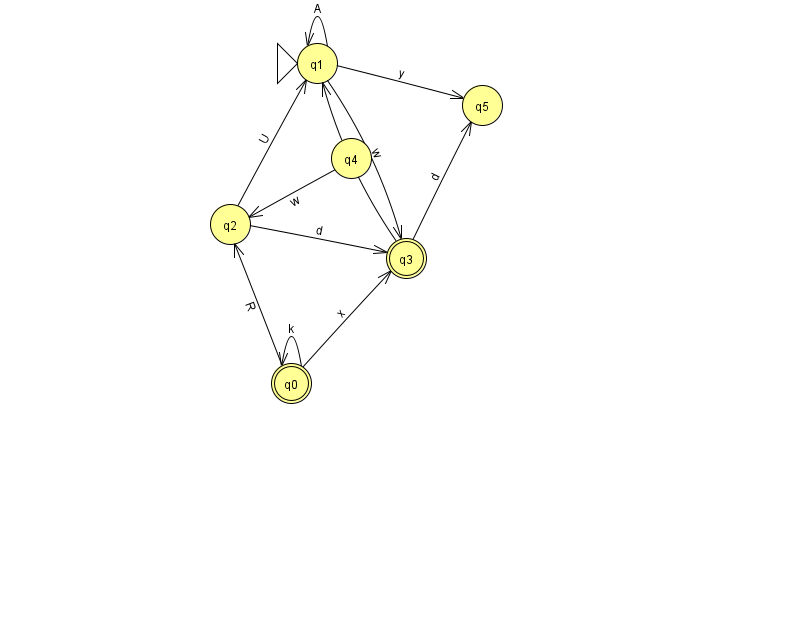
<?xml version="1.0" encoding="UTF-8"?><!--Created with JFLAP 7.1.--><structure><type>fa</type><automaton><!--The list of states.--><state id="0" name="q0"><x>291.0</x><y>370.0</y><final/></state><state id="1" name="q1"><x>317.0</x><y>50.0</y><initial/></state><state id="2" name="q2"><x>230.0</x><y>211.0</y></state><state id="3" name="q3"><x>406.0</x><y>245.0</y><final/></state><state id="4" name="q4"><x>351.0</x><y>145.0</y></state><state id="5" name="q5"><x>482.0</x><y>92.0</y></state><!--The list of transitions.--><transition><from>1</from><to>1</to><read>A</read></transition><transition><from>4</from><to>2</to><read>w</read></transition><transition><from>1</from><to>5</to><read>y</read></transition><transition><from>1</from><to>3</to><read>w</read></transition><transition><from>3</from><to>1</to><read>w</read></transition><transition><from>3</from><to>5</to><read>d</read></transition><transition><from>0</from><to>3</to><read>x</read></transition><transition><from>0</from><to>0</to><read>k</read></transition><transition><from>0</from><to>2</to><read>R</read></transition><transition><from>2</from><to>3</to><read>d</read></transition><transition><from>2</from><to>1</to><read>U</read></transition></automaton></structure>